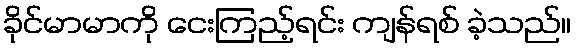
ခိုင်မာမာကို ငေးကြည့်ရင်း ကျန်ရစ် ခဲ့သည်။